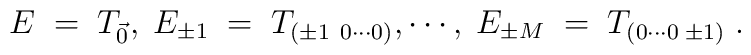
E\;=\;T_{\vec 0},\;E_{\pm 1}\;=\;T_{(\pm 1 \ 0\cdots0)}, \cdots, \;E_{\pm M}\;=\;T_{(0\cdots 0\;\pm 1)}\; .